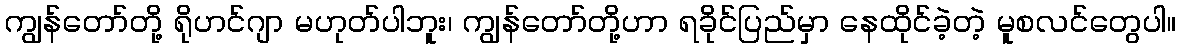
ကျွန်တော်တို့ ရိုဟင်ဂျာ မဟုတ်ပါဘူး၊ ကျွန်တော်တို့ဟာ ရခိုင်ပြည်မှာ နေထိုင်ခဲ့တဲ့ မူစလင်တွေပါ။